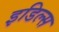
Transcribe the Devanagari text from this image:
इडिल्स